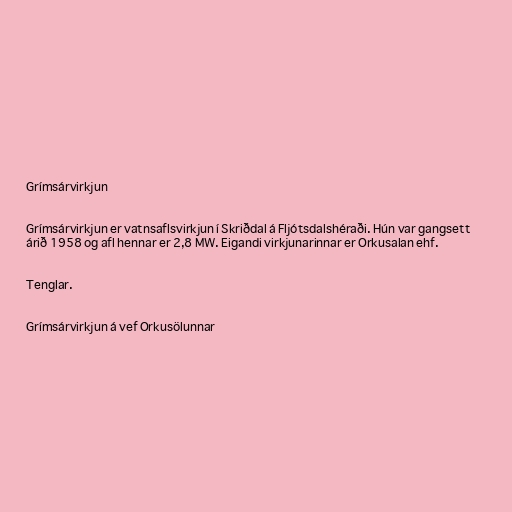
Grímsárvirkjun

Grímsárvirkjun er vatnsaflsvirkjun í Skriðdal á Fljótsdalshéraði. Hún var gangsett
árið 1958 og afl hennar er 2,8 MW. Eigandi virkjunarinnar er Orkusalan ehf.

Tenglar.

Grímsárvirkjun á vef Orkusölunnar